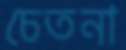
চেতনা